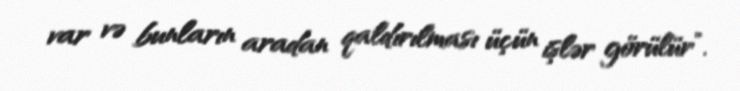
var və bunların aradan qaldırılması üçün işlər görülür”.